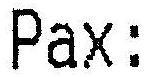
PAX: